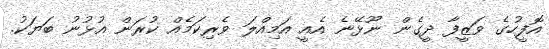
އޮފީހުގެ ވަޒީފާ ދީގެން ނޫޅޭނެ އެއީ އަމިއްލަ ވެރިކަމެއް ކުރަން އުޅުނު ބަޔަކު.